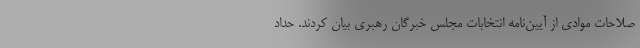
صلاحات موادی از آیین‌نامه انتخابات مجلس خبرگان رهبری بیان کردند. حداد